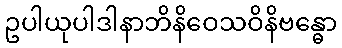
ဥပါယုပါဒါနာဘိနိဝေသဝိနိဗန္ဓော